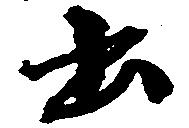
出